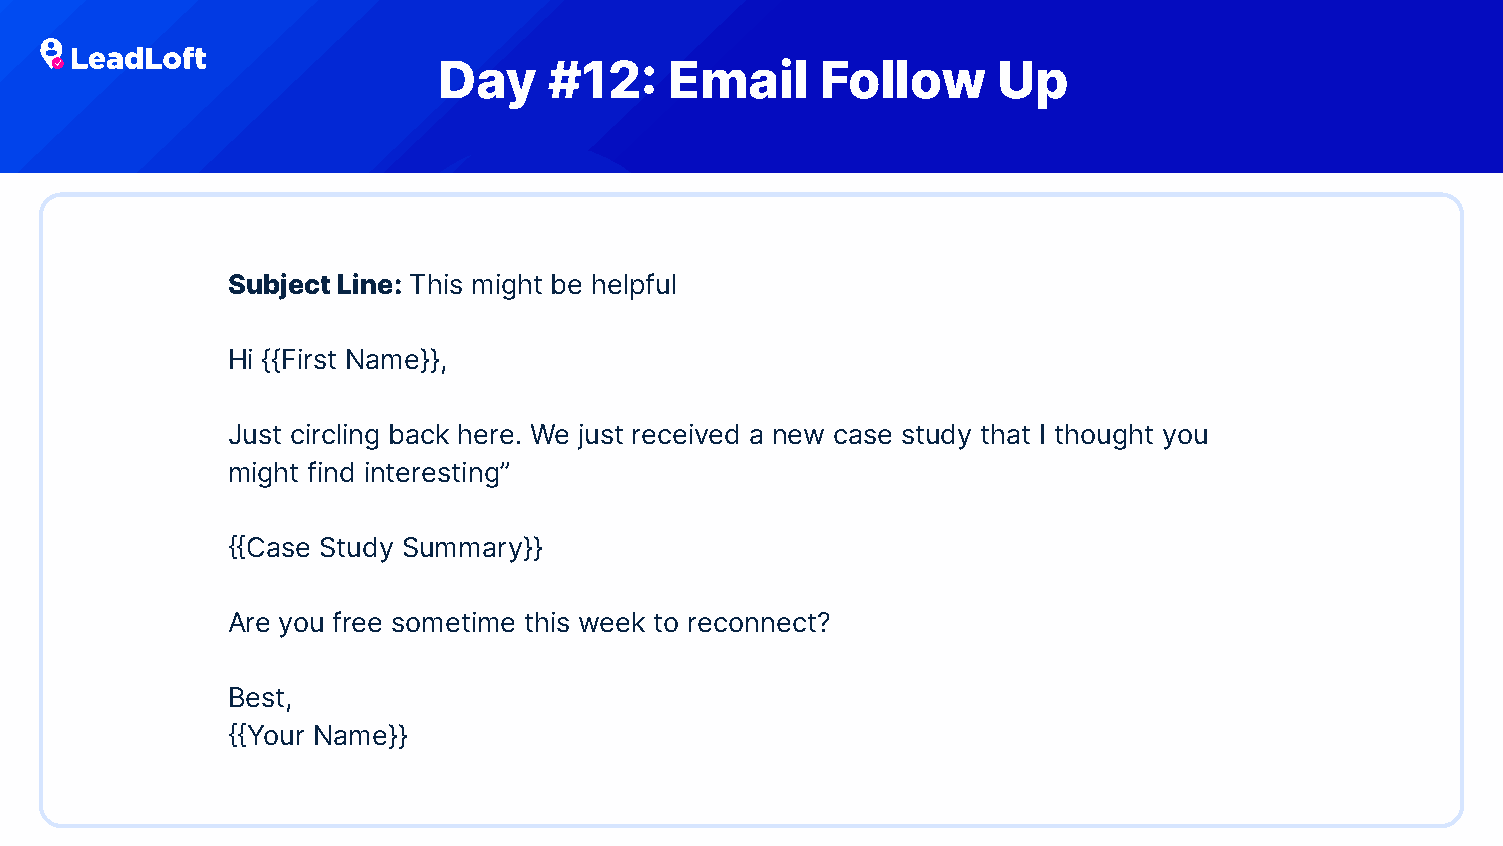
Day    #12:    Email     Follow      Up
 Subject Line: This might be helpful
 Hi {{First Name}},
 Just circling back here. We just received a new case study that I thought you
 might find interesting”
 {{Case Study Summary}}
 Are you free sometime this week to reconnect?
 Best,
 {{Your Name}}